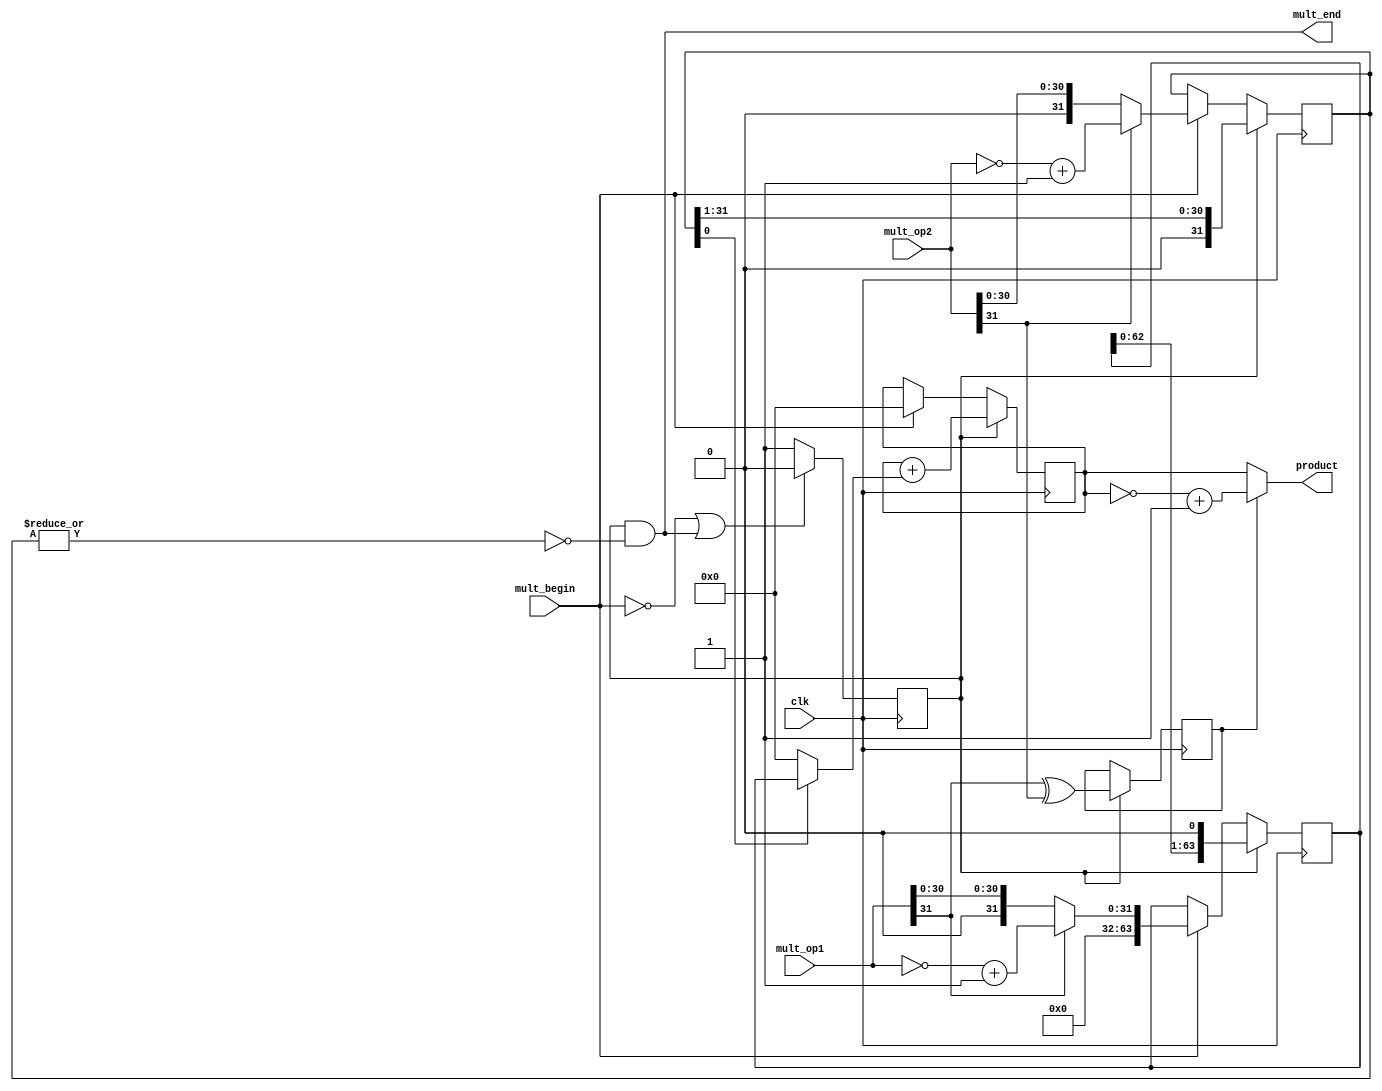
module multiply(              // 乘法器
    input         clk,        // 时钟
    input         mult_begin, // 乘法开始信号
    input  [31:0] mult_op1,   // 乘法源操作数1
    input  [31:0] mult_op2,   // 乘法源操作数2
    output [63:0] product,    // 乘积
    output        mult_end   // 乘法结束信号
);
    //乘法正在运算信号和结束信号
    reg mult_valid;
    assign mult_end = mult_valid & ~(|multiplier); //乘法结束信号：乘数全0
    always @(posedge clk)   //①
    begin
        if (!mult_begin || mult_end)    //如果没有开始或者已经结束了
        begin
            mult_valid <= 1'b0;     //mult_valid 赋值成0，说明现在没有进行有效的乘法运算
        end
        else
        begin
            mult_valid <= 1'b1;
       //     test <= 1'b1;
        end
    end

    //两个源操作取绝对值，正数的绝对值为其本身，负数的绝对值为取反加1
    wire        op1_sign;      //操作数1的符号位
    wire        op2_sign;      //操作数2的符号位
    wire [31:0] op1_absolute;  //操作数1的绝对值
    wire [31:0] op2_absolute;  //操作数2的绝对值
    assign op1_sign = mult_op1[31];
    assign op2_sign = mult_op2[31];
    assign op1_absolute = op1_sign ? (~mult_op1+1) : mult_op1;
    assign op2_absolute = op2_sign ? (~mult_op2+1) : mult_op2;
    //加载被乘数，运算时每次左移一位
    reg  [63:0] multiplicand;
    always @ (posedge clk)  //②
    begin
        if (mult_valid)
        begin    // 如果正在进行乘法，则被乘数每时钟左移一位
            multiplicand <= {multiplicand[62:0],1'b0};  //被乘数x每次左移一位。
        end
        else if (mult_begin) 
        begin   // 乘法开始，加载被乘数，为乘数1的绝对值
            multiplicand <= {32'd0,op1_absolute};
        end
    end

    //加载乘数，运算时每次右移一位，相当于y
    reg  [31:0] multiplier;
    
    always @ (posedge clk)  //③
    begin
    if(mult_valid)
    begin       //如果正在进行乘法，则乘数每时钟右移一位
         multiplier <= {1'b0,multiplier[31:1]}; //相当于乘数y右移一位
    end
    else if(mult_begin)
    begin   //乘法开始，加载乘数，为乘数2的绝对值
        multiplier <= op2_absolute;
        end
    end
    // 部分积：乘数末位为1，由被乘数左移得到；乘数末位为0，部分积为0
    wire [63:0] partial_product;
    assign partial_product = multiplier[0] ? multiplicand:64'd0;        //若此时y的最低位为1，则把x赋值给部分积partial_product，否则把0赋值给partial_product
    
    //累加器
    reg [63:0] product_temp;		//临时结果
    always @ (posedge clk)  //④//clk信号从0变为1时，激发此段语句的执行，但语句的执行需要时间
    begin
        if (mult_valid)
        begin
            product_temp <= product_temp + partial_product;
        end      
        else if (mult_begin)
        begin
        product_temp <= 64'd0;
        end
     end
     
    //乘法结果的符号位和乘法结果
    reg product_sign;	//乘积结果的符号
    always @ (posedge clk)  // 乘积⑤
    begin
        if (mult_valid)
        begin
              product_sign <= op1_sign ^ op2_sign;
        end
    end 
    //若乘法结果为负数，则需要对结果取反+1
    
    assign product = product_sign ? (~product_temp+1) : product_temp;
endmodule